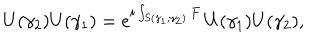
U ( \gamma _ { 2 } ) U ( \gamma _ { 1 } ) = e ^ { i \int _ { S ( \gamma _ { 1 } , \gamma _ { 2 } ) } F } \, U ( \gamma _ { 1 } ) U ( \gamma _ { 2 } ) ,